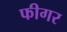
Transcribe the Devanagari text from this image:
फीगर